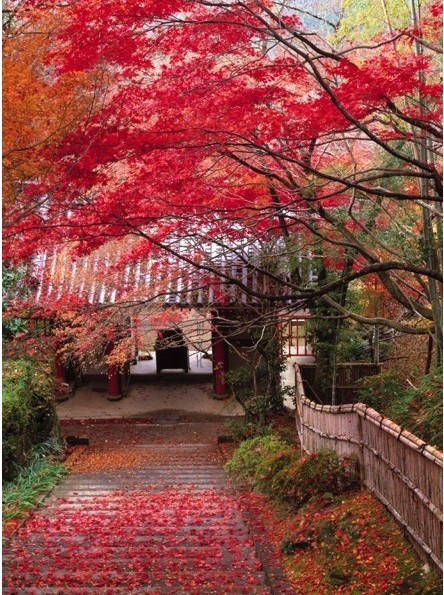
狂风落尽深红色，绿叶成阴子满枝。